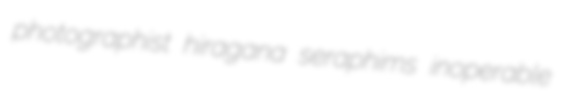
photographist hiragana seraphims inoperable